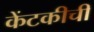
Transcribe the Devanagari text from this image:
केंटकीची